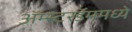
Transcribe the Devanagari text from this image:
ॲम्स्टरडॅममध्ये